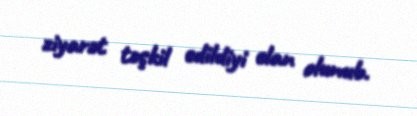
ziyarət təşkil edildiyi elan olunub.